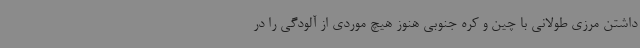
داشتن مرزی طولانی با چین و کره جنوبی هنوز هیچ موردی از آلودگی را در